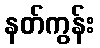
နတ်ကွန်း